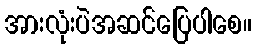
အားလုံးပဲအဆင်ပြေပါစေ။